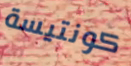
كونتيسة